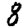
Digit: 8